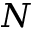
N